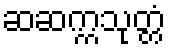
ဆဆက္ကသုတ္တံ